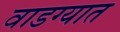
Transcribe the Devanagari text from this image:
वाडग्यात